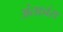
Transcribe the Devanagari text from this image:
अंतध्र्वंस